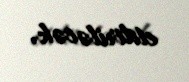
etdiriləcək.